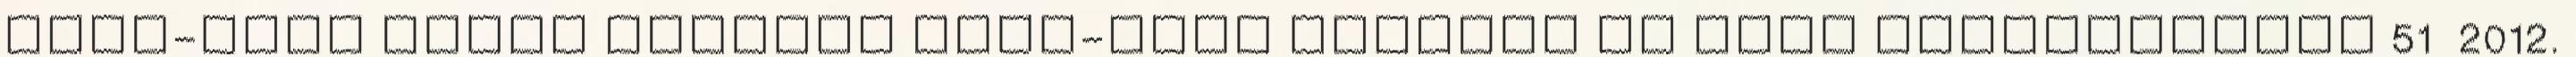
ÉNEK-ZENE HELYI TANTERV ÉNEK-ZENE Készült az EMMI kerettanterv 51 2012.